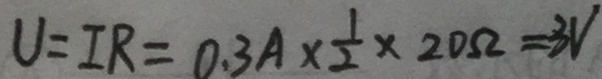
V = I R = 0 . 3 A \times \frac { 1 } { 2 } \times 2 0 \Omega = 3 V